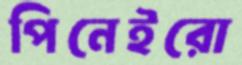
পিনেইরো